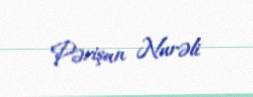
Pərişan Nurəli